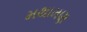
મથામણ